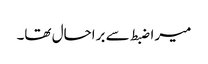
میرا ضبط سے براحال تھا۔